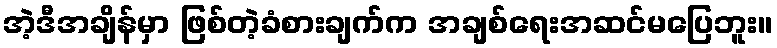
အဲ့ဒီအချိန်မှာ ဖြစ်တဲ့ခံစားချက်က အချစ်ရေးအဆင်မပြေဘူး။